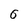
Character: 6